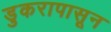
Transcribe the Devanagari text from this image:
डुकरापासून